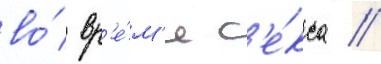
во́ вр'е́м'я с'е́кса //